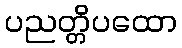
ပညတ္တိပထော